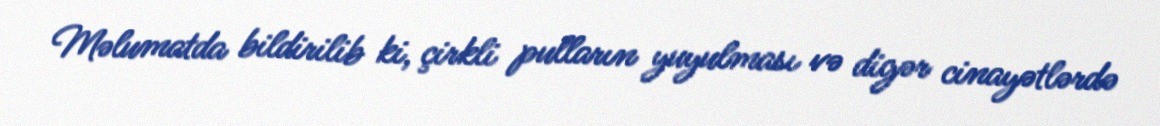
Məlumatda bildirilib ki, çirkli pulların yuyulması və digər cinayətlərdə